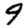
Digit: 9